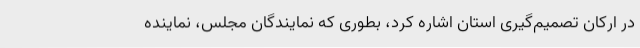
در ارکان تصمیم‌گیری استان اشاره کرد، بطوری که نمایندگان مجلس، نماینده